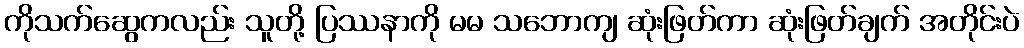
ကိုသက်ဆွေကလည်း သူတို့ ပြဿနာကို မမ သဘောကျ ဆုံးဖြတ်ကာ ဆုံးဖြတ်ချက် အတိုင်းပဲ